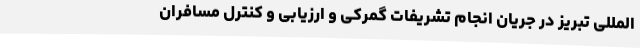
المللی تبریز در جریان انجام تشریفات گمرکی و ارزیابی و کنترل مسافران